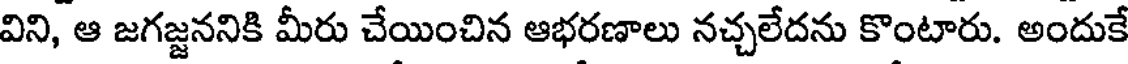
విని, ఆ జగజ్జననికి మీరు చేయించిన ఆభరణాలు నచ్చలేదను కొంటారు. అందుకే